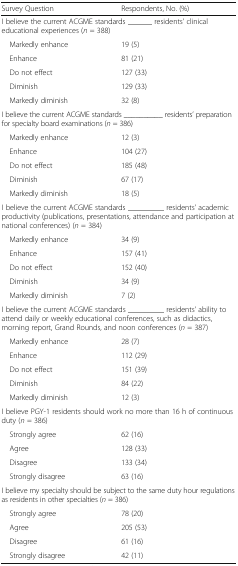
| Survey Question | Respondents, No. (%) |
 | --- | --- |
 | <COLSPAN=2> I believe the current ACGME standards ______ residents’ clinical educational experiences (n = 388) |
 | Markedly enhance | 19 (5) |
 | Enhance | 81 (21) |
 | Do not effect | 127 (33) |
 | Diminish | 129 (33) |
 | Markedly diminish | 32 (8) |
 | <COLSPAN=2> I believe the current ACGME standards __________ residents’ preparation for specialty board examinations (n = 386) |
 | Markedly enhance | 12 (3) |
 | Enhance | 104 (27) |
 | Do not effect | 185 (48) |
 | Diminish | 67 (17) |
 | Markedly diminish | 18 (5) |
 | <COLSPAN=2> I believe the current ACGME standards _________ residents’ academic productivity (publications, presentations, attendance and participation at national conferences) (n = 384) |
 | Markedly enhance | 34 (9) |
 | Enhance | 157 (41) |
 | Do not effect | 152 (40) |
 | Diminish | 34 (9) |
 | Markedly diminish | 7 (2) |
 | <COLSPAN=2> I believe the current ACGME standards _________ residents’ ability to attend daily or weekly educational conferences, such as didactics, morning report, Grand Rounds, and noon conferences (n = 387) |
 | Markedly enhance | 28 (7) |
 | Enhance | 112 (29) |
 | Do not effect | 151 (39) |
 | Diminish | 84 (22) |
 | Markedly diminish | 12 (3) |
 | <COLSPAN=2> I believe PGY-1 residents should work no more than 16 h of continuous duty (n = 386) |
 | Strongly agree | 62 (16) |
 | Agree | 128 (33) |
 | Disagree | 133 (34) |
 | Strongly disagree | 63 (16) |
 | <COLSPAN=2> I believe my specialty should be subject to the same duty hour regulations as residents in other specialties (n = 386) |
 | Strongly agree | 78 (20) |
 | Agree | 205 (53) |
 | Disagree | 61 (16) |
 | Strongly disagree | 42 (11) |